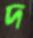
দ